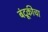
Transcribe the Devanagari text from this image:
बंदूकीचा